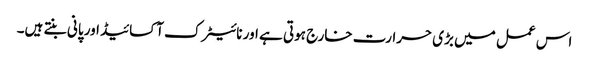
اس عمل میں بڑی حرارت خارج ہوتی ہے اور نائیٹرک آکسائیڈ اور پانی بنتے ہیں۔